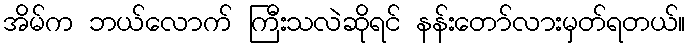
အိမ်က ဘယ်လောက် ကြီးသလဲဆိုရင် နန်းတော်လားမှတ်ရတယ်။